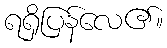
ရရှိပြန်လေ၏။